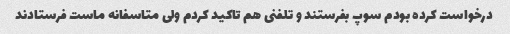
درخواست کرده بودم سوپ بفرستند و تلفنی هم تاکید کردم ولی متاسفانه ماست فرستادند